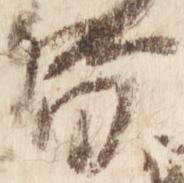
督